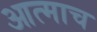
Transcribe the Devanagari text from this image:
आत्माच